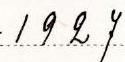
1927